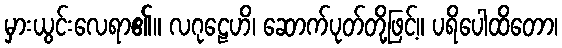
မှားယွင်းလေရာ၏။ လဂုဠေဟိ၊ ဆောက်ပုတ်တို့ဖြင့်။ ပရိပေါထိတော၊